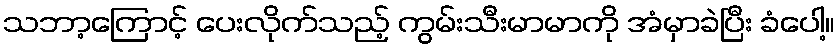
သဘာ့ကြောင့် ပေးလိုက်သည့် ကွမ်းသီးမာမာကို အံမှာခဲပြီး ခံပေါ့။